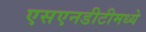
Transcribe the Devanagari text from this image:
एसएनडीटीमध्ये